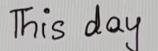
This day